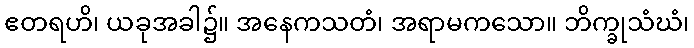
ဧတရဟိ၊ ယခုအခါ၌။ အနေကသတံ၊ အရာမကသော။ ဘိက္ခုသံဃံ၊